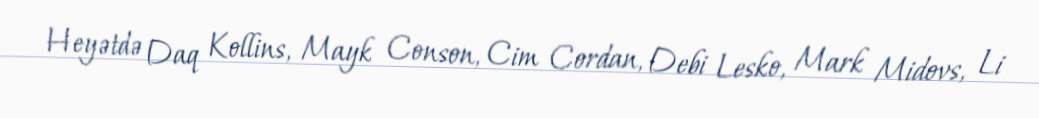
Heyətdə Daq Kollins, Mayk Conson, Cim Cordan, Debi Lesko, Mark Midovs, Li